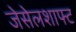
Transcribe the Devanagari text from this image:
जेसेलशाफ्ट